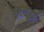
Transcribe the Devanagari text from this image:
कष्टसुद्धा